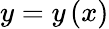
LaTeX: y=y\left(x\right)